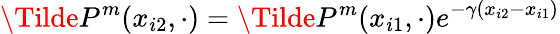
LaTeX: \Tilde{P}^{m}(x_{i2},\cdot)=\Tilde{P}^{m}(x_{i1},\cdot)e^{-\gamma(x_{i2}-x_{i1})}